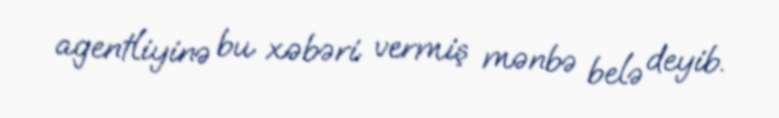
agentliyinə bu xəbəri vermiş mənbə belə deyib.